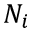
N _ { i }